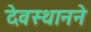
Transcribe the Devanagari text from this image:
देवस्थानने